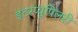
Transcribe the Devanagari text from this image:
इंटरप्यूपिलरी